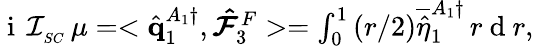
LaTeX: \begin{array}{r}{\mathrm{~i~}\, \mathcal{I}_{_{SC}}\, \mu=<\hat{\mathbf{q}}_{1}^{A_{1}\dagger},\boldsymbol{\hat{\mathcal{F}}}_{3}^{F}>=\int_{0}^{1}\left(r/2\right)\overline{{\hat{\eta}}}_{1}^{A_{1}\dagger}\, r\mathrm{~d~}r,}\end{array}